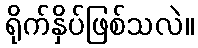
ရိုက်နှိပ်ဖြစ်သလဲ။